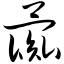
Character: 彘